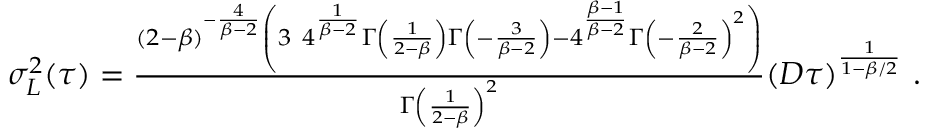
\begin{array} { r } { \sigma _ { L } ^ { 2 } ( \tau ) = \frac { ( 2 - \beta ) ^ { - \frac { 4 } { \beta - 2 } } \left( 3 \ 4 ^ { \frac { 1 } { \beta - 2 } } \Gamma \left( \frac { 1 } { 2 - \beta } \right) \Gamma \left( - \frac { 3 } { \beta - 2 } \right) - 4 ^ { \frac { \beta - 1 } { \beta - 2 } } \Gamma \left( - \frac { 2 } { \beta - 2 } \right) ^ { 2 } \right) } { \Gamma \left( \frac { 1 } { 2 - \beta } \right) ^ { 2 } } ( D \tau ) ^ { \frac { 1 } { 1 - \beta / 2 } } \ . } \end{array}